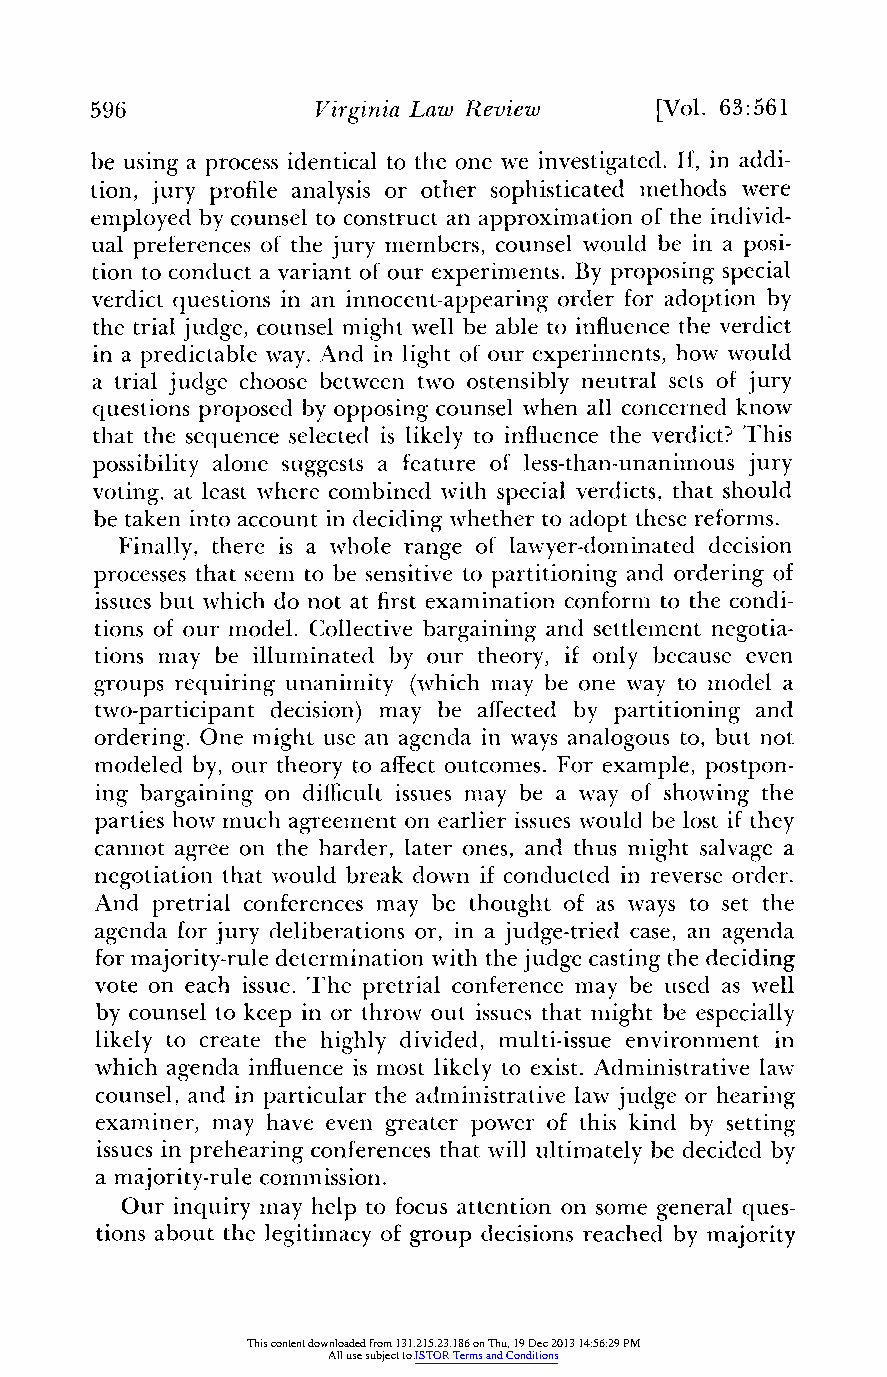
596            Virginia Law Review   [Vol. 63:561
 be using a process identical to the one we investigated.I f, in addi-
 tion, jury profile analysis or other sophisticated methods were
 employed by counsel to constructa n approximation of the individ-
 ual preferenceso f the jury members,c ounsel would be in a posi-
 tion to conduct a variant of our experiments.B y proposing special
 verdict questions in an innocent-appearingo rder for adoption by
 the trial judge, counsel mightw ell be able to influencet he verdict
 in a predictable way. And in light of our experiments,h ow would
 a trial judge choose between two ostensibly neutral sets of jury
 questions proposed by opposing counsel when all concerned know
 that the sequence selected is likely to influence the verdict? This
 possibility alone suggests a feature of less-than-unanimousj ury
 voting, at least where combined wviths pecial verdicts,t hat should
 be taken into account in deciding whethert o adopt theser eforms.
 Finally, there is a whole range of lawyer-dominatedd ecision
 processes that seem to be sensitive to partitioninga nd ordering of
 issues but which do not at firste xamination conformt o the condi-
 tions of our model. Collective bargaining and settlementn egotia-
 tions may be illuminated by our theory, if only because even
 groups requiring unanimity (which may be one way to model a
 two-participant decision) may be affected by partitioning and
 ordering. One might use an agenda in ways analogous to, but not
 modeled by, our theoryt o affecto utcomes. For example, postpon-
 ing bargaining on difficulti ssues may be a way of showing the
 parties how much agreemento n earlier issues would be lost if they
 cannot agree on the harder, later ones, and thus might salvage a
 negotiation that would break down if conducted in reverse order.
 And pretrial conferences may be thought of as ways to set the
 agenda for jury deliberations or, in a judge-tried case, an agenda
 form ajority-ruled eterminationw ith the judge castingt he deciding
 vote on each issue. The pretrial conference may be used as well
 by counsel to keep in or throw out issues that might be especially
 likely to create the highly divided, multi-issue environment in
 which agenda influencei s most likely to exist. Administrativel aw
 counsel, and in particular the administrativel aw judge or hearing
 examiner, may have even greater power of this kind by setting
 issues in prehearingc onferencest hat will ultimatelyb e decided by
 a majority-rulec ommission.
 Our inquiry may help to focus attention on some general ques-
 tions about the legitimacyo f group decisions reached by majority
 This content downloaded from 131.215.23.186 on Thu, 19 Dec 2013 14:56:29 PM
 All use subject to JSTOR Terms and Conditions